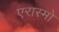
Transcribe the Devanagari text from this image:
एरास्मो